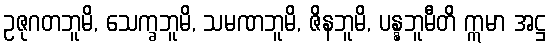
ဥဇုဂတဘူမိ, သေက္ခဘူမိ, သမဏဘူမိ, ဇိနဘူမိ, ပန္နဘူမီတိ ဣမာ အဋ္ဌ